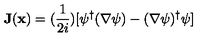
{ \bf { J } } ( { \bf { x } } ) = ( \frac { 1 } { 2 i } ) [ \psi ^ { \dagger } ( \nabla \psi ) - ( \nabla \psi ) ^ { \dagger } \psi ]